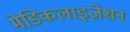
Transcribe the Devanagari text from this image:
मेडिकलाइज़ेशन